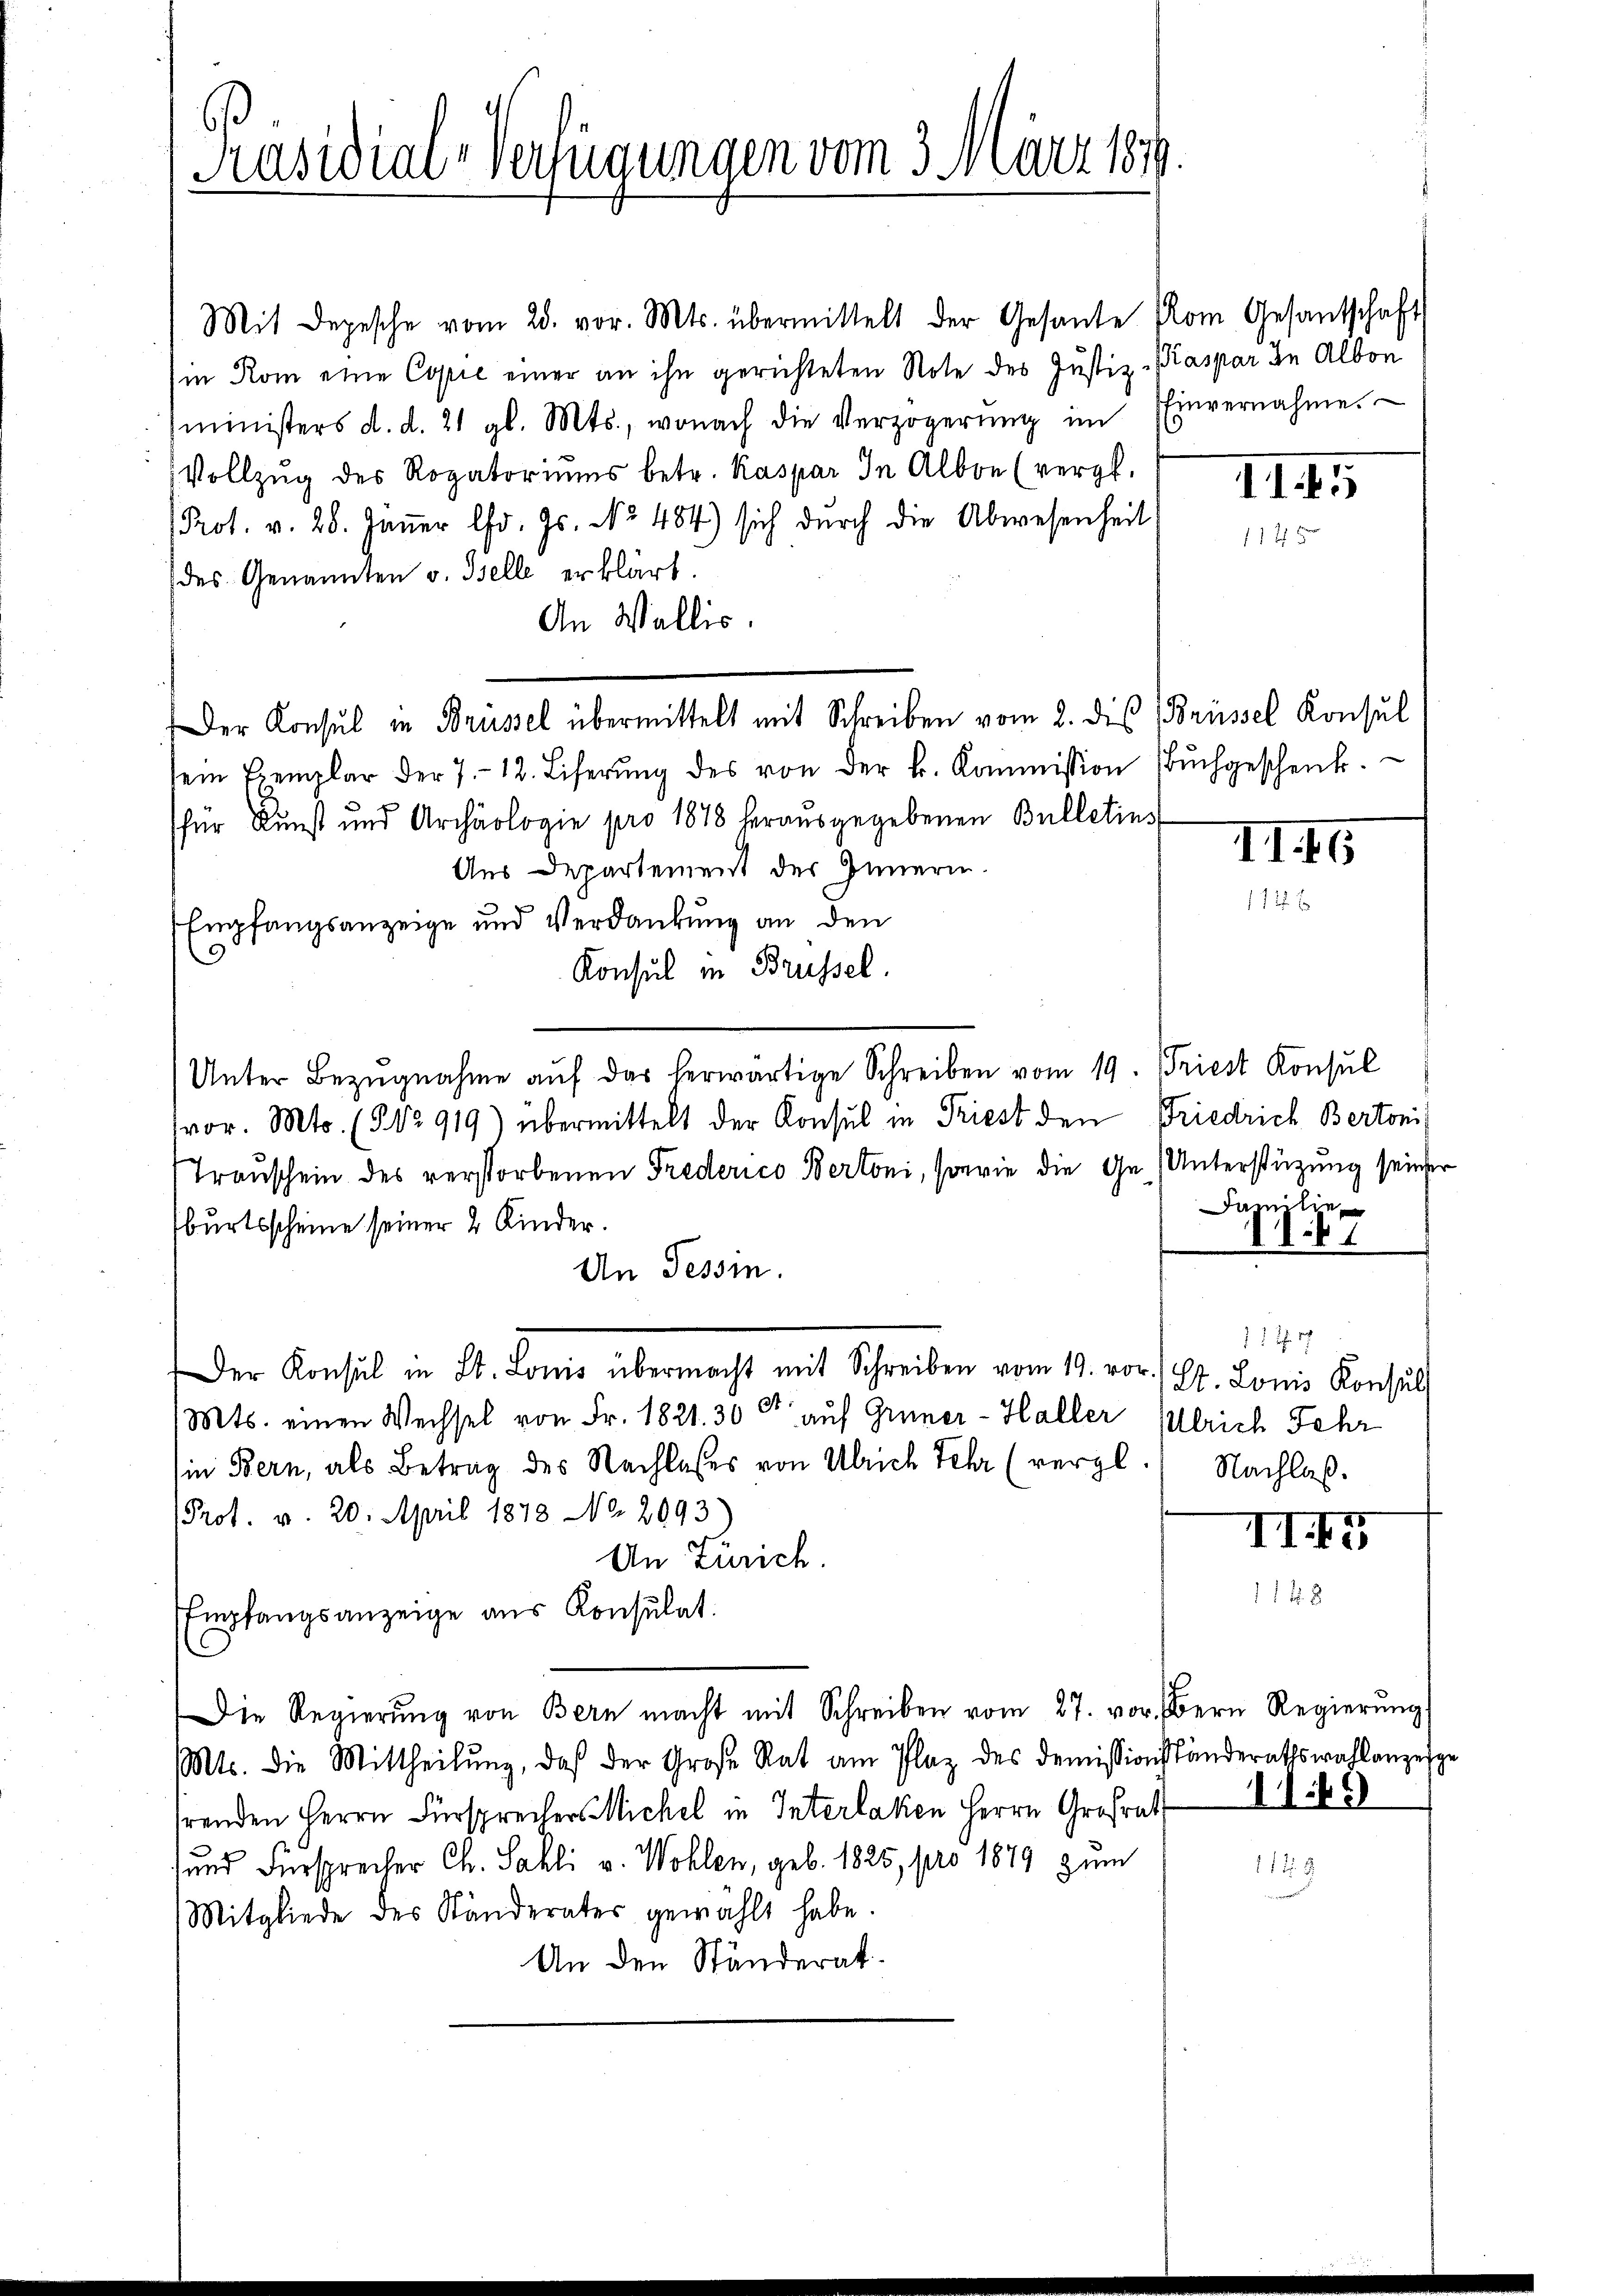
Mit Depesche vom 28. vor. Mts. übermittelt der Gesante vom Gesantschaft
(in Rom eine Copie einer an ihn gerichteten Note des Justiz-Kaspar in Albon
ministers d. d. 21 gl. Mts., wonach die Verzögerŭng im Einvernahme.
Vollzŭg des Rogatoriŭms betr. Kaspar In Albon (vergl.
Prot. v. 28. Jäṅer l. Js. No 484) sich durch die Abwesenheit
des Genannten v. Iselle erklärt.
An Wallis.
sem Exemplar der 7.- 12. Liferŭng des von der k. Kommission Bŭchgeschenk.
für Kunst und Archäologie pro 1878 herausgegebenen Bulletins
Aus Departement des Innern.
Empfangsanzeige und Verdankung an den
5
Konsul in Brüssel.
Unter Bezŭgnahme aŭf das herwärtige Schreiben vom 19. Friest Konsul
vor. Mts. (§ No 919) übermittelt der Konsul in Triest den Friedrich Bertoni
Trauschein des verstorbenen Frederico Bertoni, sowie die Ge-Unterstüzung seiner
burtsscheine seiner 2 Kinder.
An Tessin.
Der Konsul in St. Lonio übermacht mit Schreiben vom 19. vor 194. Louis Konsul
Mts. einen Wechsel von Fr. 1821. 30 Fr. auf Grüner-Haller Ulrich Fehr
in Bern, als Betrag des Nachlasses von Ulrich Fehr (vergl
PProf. v. 20. April 1878 No. 2093
An Zürich.
Empfangsanzeige aus Konsulat.
Die Regierŭng von Bern macht mit Schreiben vom 27. vor. Bern Regierŭng
Mts. die Mittheilŭng, daß der Große Rat am Plaz des Demissionsständerathswahlanzeige
hrenden Herrn Fürsprecher Michel in Interlaken Herrn Grofrat
sund Fürsprecher Ch. Sahli v. Wohlen, geb. 1825, pro 1879 zum
Mitgliede des Ständerates gewählt habe.
An den Ständerat.

Präsidial-Verfügungen vom 3. März 1871
1

Der Konsul in Brüssel übermittelt mit Schreiben vom 2. des Brüssel Konsul

II.

II. G

¬

Dazulie
b 1

1 1 S. 17
Nachlaß.

II45

1149